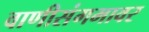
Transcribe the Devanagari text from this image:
वाणीसंगमावर